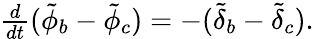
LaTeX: \begin{array}{r}{\frac{d}{dt}(\tilde{\phi}_{b}-\tilde{\phi}_{c})=-(\tilde{\delta}_{b}-\tilde{\delta}_{c}).}\end{array}